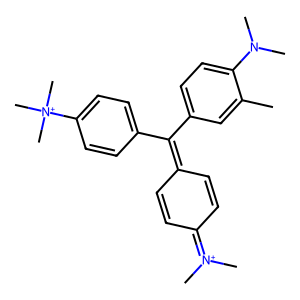
SMILES: Cc1cc(C(=C2C=CC(=[N+](C)C)C=C2)c2ccc([N+](C)(C)C)cc2)ccc1N(C)C
Inhibits HIV replication: No